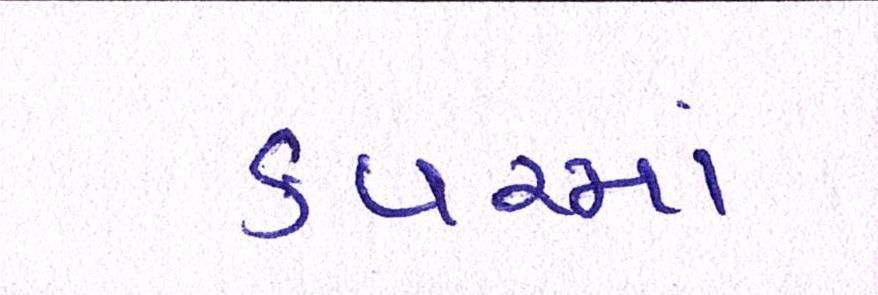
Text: કવરમાં